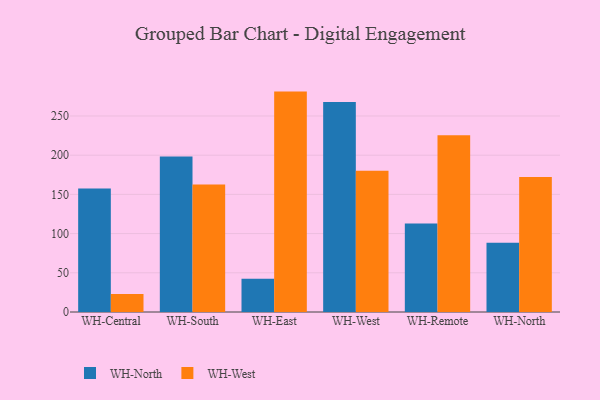
{"axis": {"x": "Warehouse", "y": "Waste Production (Tons)"}, "legend": ["WH-North", "WH-West"], "data": [{"x": "WH-Central", "y": 157.4, "type": "WH-North"}, {"x": "WH-Central", "y": 22.9, "type": "WH-West"}, {"x": "WH-South", "y": 198.3, "type": "WH-North"}, {"x": "WH-South", "y": 162.5, "type": "WH-West"}, {"x": "WH-East", "y": 42.5, "type": "WH-North"}, {"x": "WH-East", "y": 281.1, "type": "WH-West"}, {"x": "WH-West", "y": 267.8, "type": "WH-North"}, {"x": "WH-West", "y": 180.0, "type": "WH-West"}, {"x": "WH-Remote", "y": 112.9, "type": "WH-North"}, {"x": "WH-Remote", "y": 225.4, "type": "WH-West"}, {"x": "WH-North", "y": 88.3, "type": "WH-North"}, {"x": "WH-North", "y": 172.2, "type": "WH-West"}]}